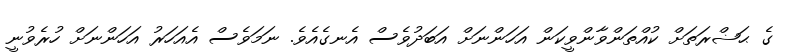
ގެ ޙަޟްރަތަށް ކުއްތަންވާންވީކަން އަހަންނަށް އަބަދުވެސް އެނގެއެވެ. ނަމަވެސް އެއަހަރު އަހަންނަށް ހުރެވުނީ